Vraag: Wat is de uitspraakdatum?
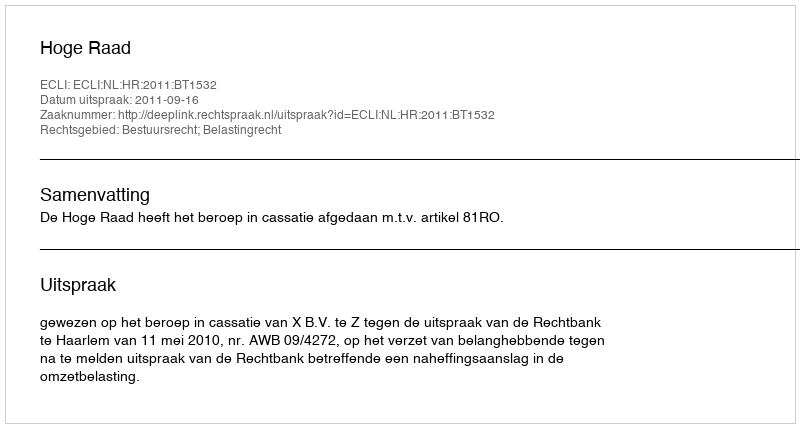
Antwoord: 2011-09-16